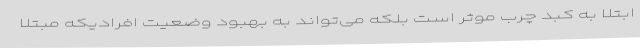
ابتلا به کبد چرب موثر است بلکه می‌تواند به بهبود وضعیت افرادیکه مبتلا